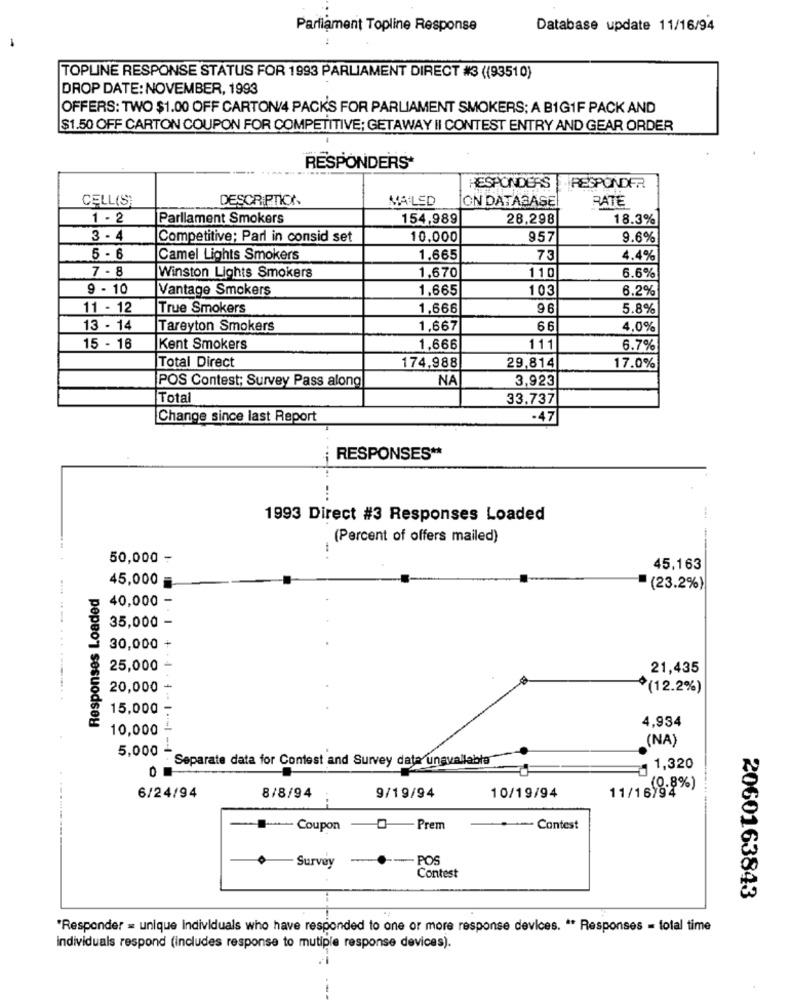
Parliament Topline Response
Database update 11/16/94
TOPLINE RESPONSE STATUS FOR 1993 PARLIAMENT DIRECT #3 ((93510)
DROP DATE: NOVEMBER, 1993
OFFERS: TWO $1.00 OFF CARTON/4 PACK'S FOR PARLIAMENT SMOKERS; A BIG1F PACK AND
$1.50 OFF CARTON COUPON FOR COMPETITIVE; GETAWAY II CONTEST ENTRY AND GEAR ORDER
RESPONDERS*
RESPONDERS
RESPONDER
CELL(S)
DESCRIPTION
MAILED
ON DATABASE
RATE
1 - 2
Parliament Smokers
154,989
28,298
18.3%
3 - 4
Competitive; Parl in consid set
10,000
957
9.6%
5 - 6
Camel Lights Smokers
1.665
73
4.4%
7 - 8
1,670
110
Winston Lights Smokers
6.6%
9 - 10
Vantage Smokers
1.665
103
6.2%
11 - 12
True Smokers
1,666
5.8%
13 - 14
Tareyton Smokers
1,667
66
4,0%
15 - 16
Kent Smokers
1,666
111
6.7%
Total Direct
174,988
29,814
17.0%
POS Contest; Survey Pass along
NA
3,923
Total
33.737
Change since last Report
-47
RESPONSES **
...
1993 Direct #3 Responses Loaded
-- 4
(Percent of offers mailed)
50,000 -
45,163
45,000
Responses Loaded
(23.2%)
40,000 -
35,000 -
30,000 +
25,000 -
21,435
20,000 +
(12.2%)
15,000 -
4,934
10,000 -
(NA)
5,000 - Separate data for Contest and Survey data unavailable
1 1,320
8/8/94
11/16(8.8%)
6/24/94
9/19/94
10/19/94
Coupon
0-Prem
.--- Contest
Survey
POS
Contest
2060163843
*Responder = unique individuals who have responded to one or more response devices. " Responses = total time
individuals respond (includes response to mutiple response devices).